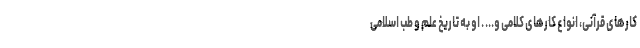
کارهای قرآنی، انواع کارهای کلامی و... . او به تاریخ علم و طب اسلامی